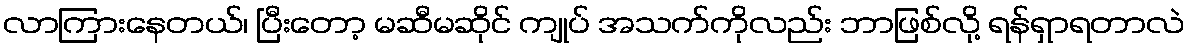
လာကြားနေတယ်၊ ပြီးတော့ မဆီမဆိုင် ကျုပ် အသက်ကိုလည်း ဘာဖြစ်လို့ ရန်ရှာရတာလဲ